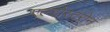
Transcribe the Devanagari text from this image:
एल्डोस्टरोन